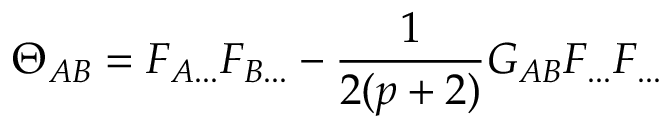
\Theta _ { A B } = F _ { A . . . } F _ { B . . . } - \frac { 1 } { 2 ( p + 2 ) } G _ { A B } F _ { . . . } F _ { . . . }